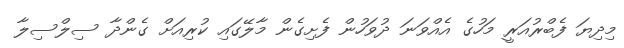
މިދިޔަ ފެބްރުއަރީ މަހުގެ އެއްވަނަ ދުވަހުން ފެށިގެން މާލޭގައި ކުރިއަށް ގެންދާ ސިލްސިލާ